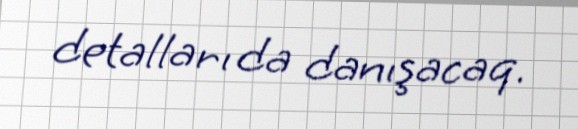
detalları da danışacaq.